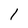
Character: 1